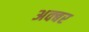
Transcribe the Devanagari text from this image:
अक्बर